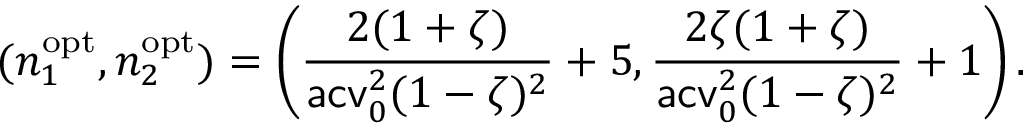
( n _ { 1 } ^ { \mathrm { o p t } } , n _ { 2 } ^ { \mathrm { o p t } } ) = \left( \frac { 2 ( 1 + \zeta ) } { \mathsf { a c v } _ { 0 } ^ { 2 } ( 1 - \zeta ) ^ { 2 } } + 5 , \frac { 2 \zeta ( 1 + \zeta ) } { \mathsf { a c v } _ { 0 } ^ { 2 } ( 1 - \zeta ) ^ { 2 } } + 1 \right) .